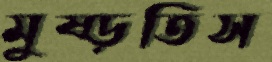
মুষ্‌ড়তিস